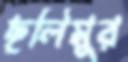
ছলিমুর